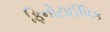
ફિનોટાઈપિક